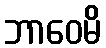
ဘာဝေမိ